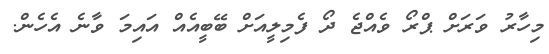
މިހާރު ވަރަށް ޕްރޯ ވެއްޖެ ދޯ ފެމިލީއަށް ބޭބީއެއް އައިމަ ވާނެ އެހެން.